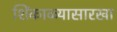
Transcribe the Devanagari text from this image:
शिंकाळ्यासारखा